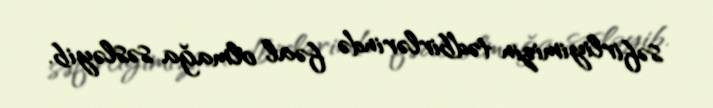
səfirliyimizin tədbirlərində fəal olmağa səsləyib.